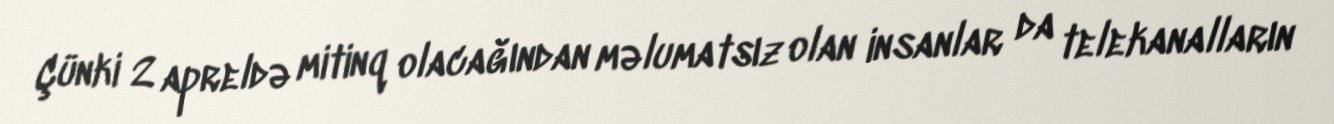
Çünki 2 apreldə mitinq olacağından məlumatsız olan insanlar da telekanalların